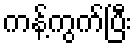
ကန့်ကွက်ပြီး